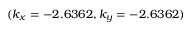
( k _ { x } = - 2 . 6 3 6 2 , k _ { y } = - 2 . 6 3 6 2 )